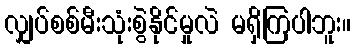
လျှပ်စစ်မီးသုံးစွဲနိုင်မှုလဲ မရှိကြပါဘူး။